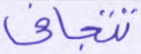
تتجافى